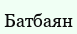
Батбаян